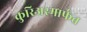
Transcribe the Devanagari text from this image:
कुरिअरमार्फत